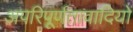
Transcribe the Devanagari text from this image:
अपरिपूर्णतावादियों